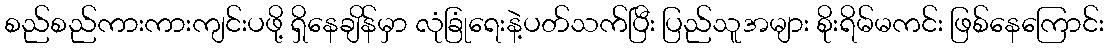
စည်စည်ကားကားကျင်းပဖို့ ရှိနေချိန်မှာ လုံခြုံရေးနဲ့ပတ်သက်ပြီး ပြည်သူအများ စိုးရိမ်မကင်း ဖြစ်နေကြောင်း